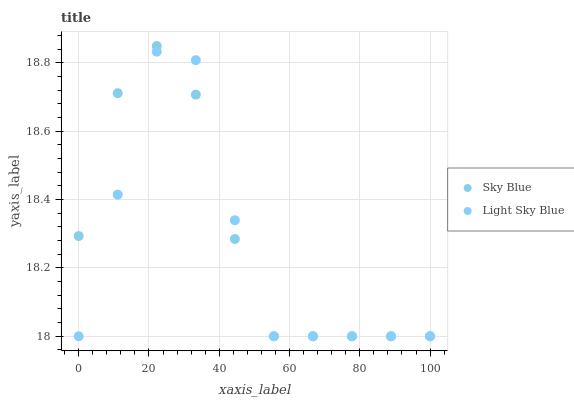
| xaxis_label | Sky Blue | Light Sky Blue |
 | --- | --- | --- |
 | 0 | 18.3 | 18 |
 | 11.1 | 18.7 | 18.4 |
 | 22.2 | 18.8 | 18.8 |
 | 33.3 | 18.7 | 18.8 |
 | 44.4 | 18.3 | 18.3 |
 | 55.6 | 18 | 18 |
 | 66.7 | 18 | 18 |
 | 77.8 | 18 | 18 |
 | 88.9 | 18 | 18 |
 | 100 | 18 | 18 |